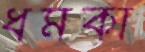
ধমকা